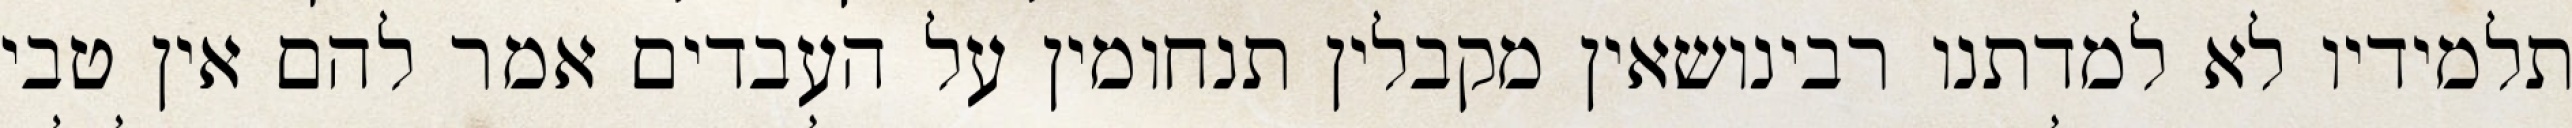
תלמידיו לא למדתנו רבינושאין מקבלין תנחומין על העבדים אמר להם אין טבי